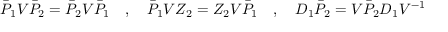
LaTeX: \bar { P } _ { 1 } V \bar { P } _ { 2 } = \bar { P } _ { 2 } V \bar { P } _ { 1 } \quad , \quad \bar { P } _ { 1 } V Z _ { 2 } = Z _ { 2 } V \bar { P } _ { 1 } \quad , \quad D _ { 1 } \bar { P } _ { 2 } = V \bar { P } _ { 2 } D _ { 1 } V ^ { - 1 }